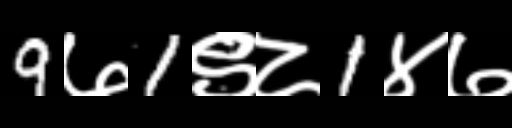
Text: 9७1९८1४७